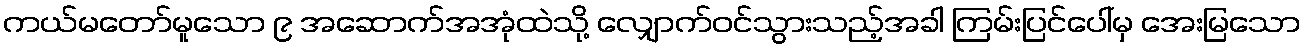
ကယ်မတော်မူသော ၉ အဆောက်အအုံထဲသို့ လျှောက်ဝင်သွားသည့်အခါ ကြမ်းပြင်ပေါ်မှ အေးမြသော